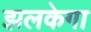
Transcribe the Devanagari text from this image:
झलकेगा